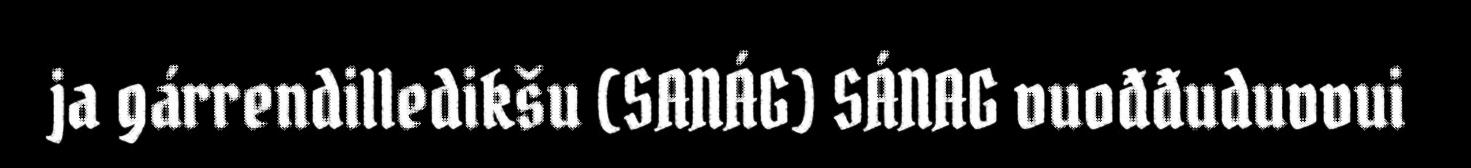
ja gárrendilledikšu (SANÁG) SÁNAG vuođđuduvvui